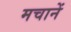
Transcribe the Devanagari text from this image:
मचानें